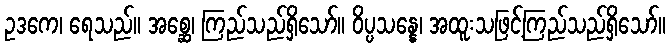
ဥဒကေ၊ ရေသည်။ အစ္ဆေ၊ ကြည်သည်ရှိသော်။ ဝိပ္ပသန္နေ၊ အထူးသဖြင့်ကြည်သည်ရှိသော်။